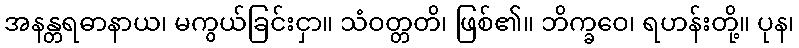
အနန္တရဓာနာယ၊ မကွယ်ခြင်းငှာ။ သံဝတ္တတိ၊ ဖြစ်၏။ ဘိက္ခဝေ၊ ရဟန်းတို့။ ပုန၊